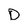
Character: D